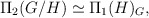
\begin{align*}\Pi_2(G/H) \simeq \Pi_1(H)_G,\end{align*}